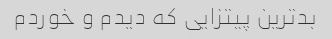
بدترین پیتزایی که دیدم و خوردم